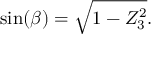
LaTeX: \sin ( \beta ) = { \sqrt { 1 - Z _ { 3 } ^ { 2 } } } .